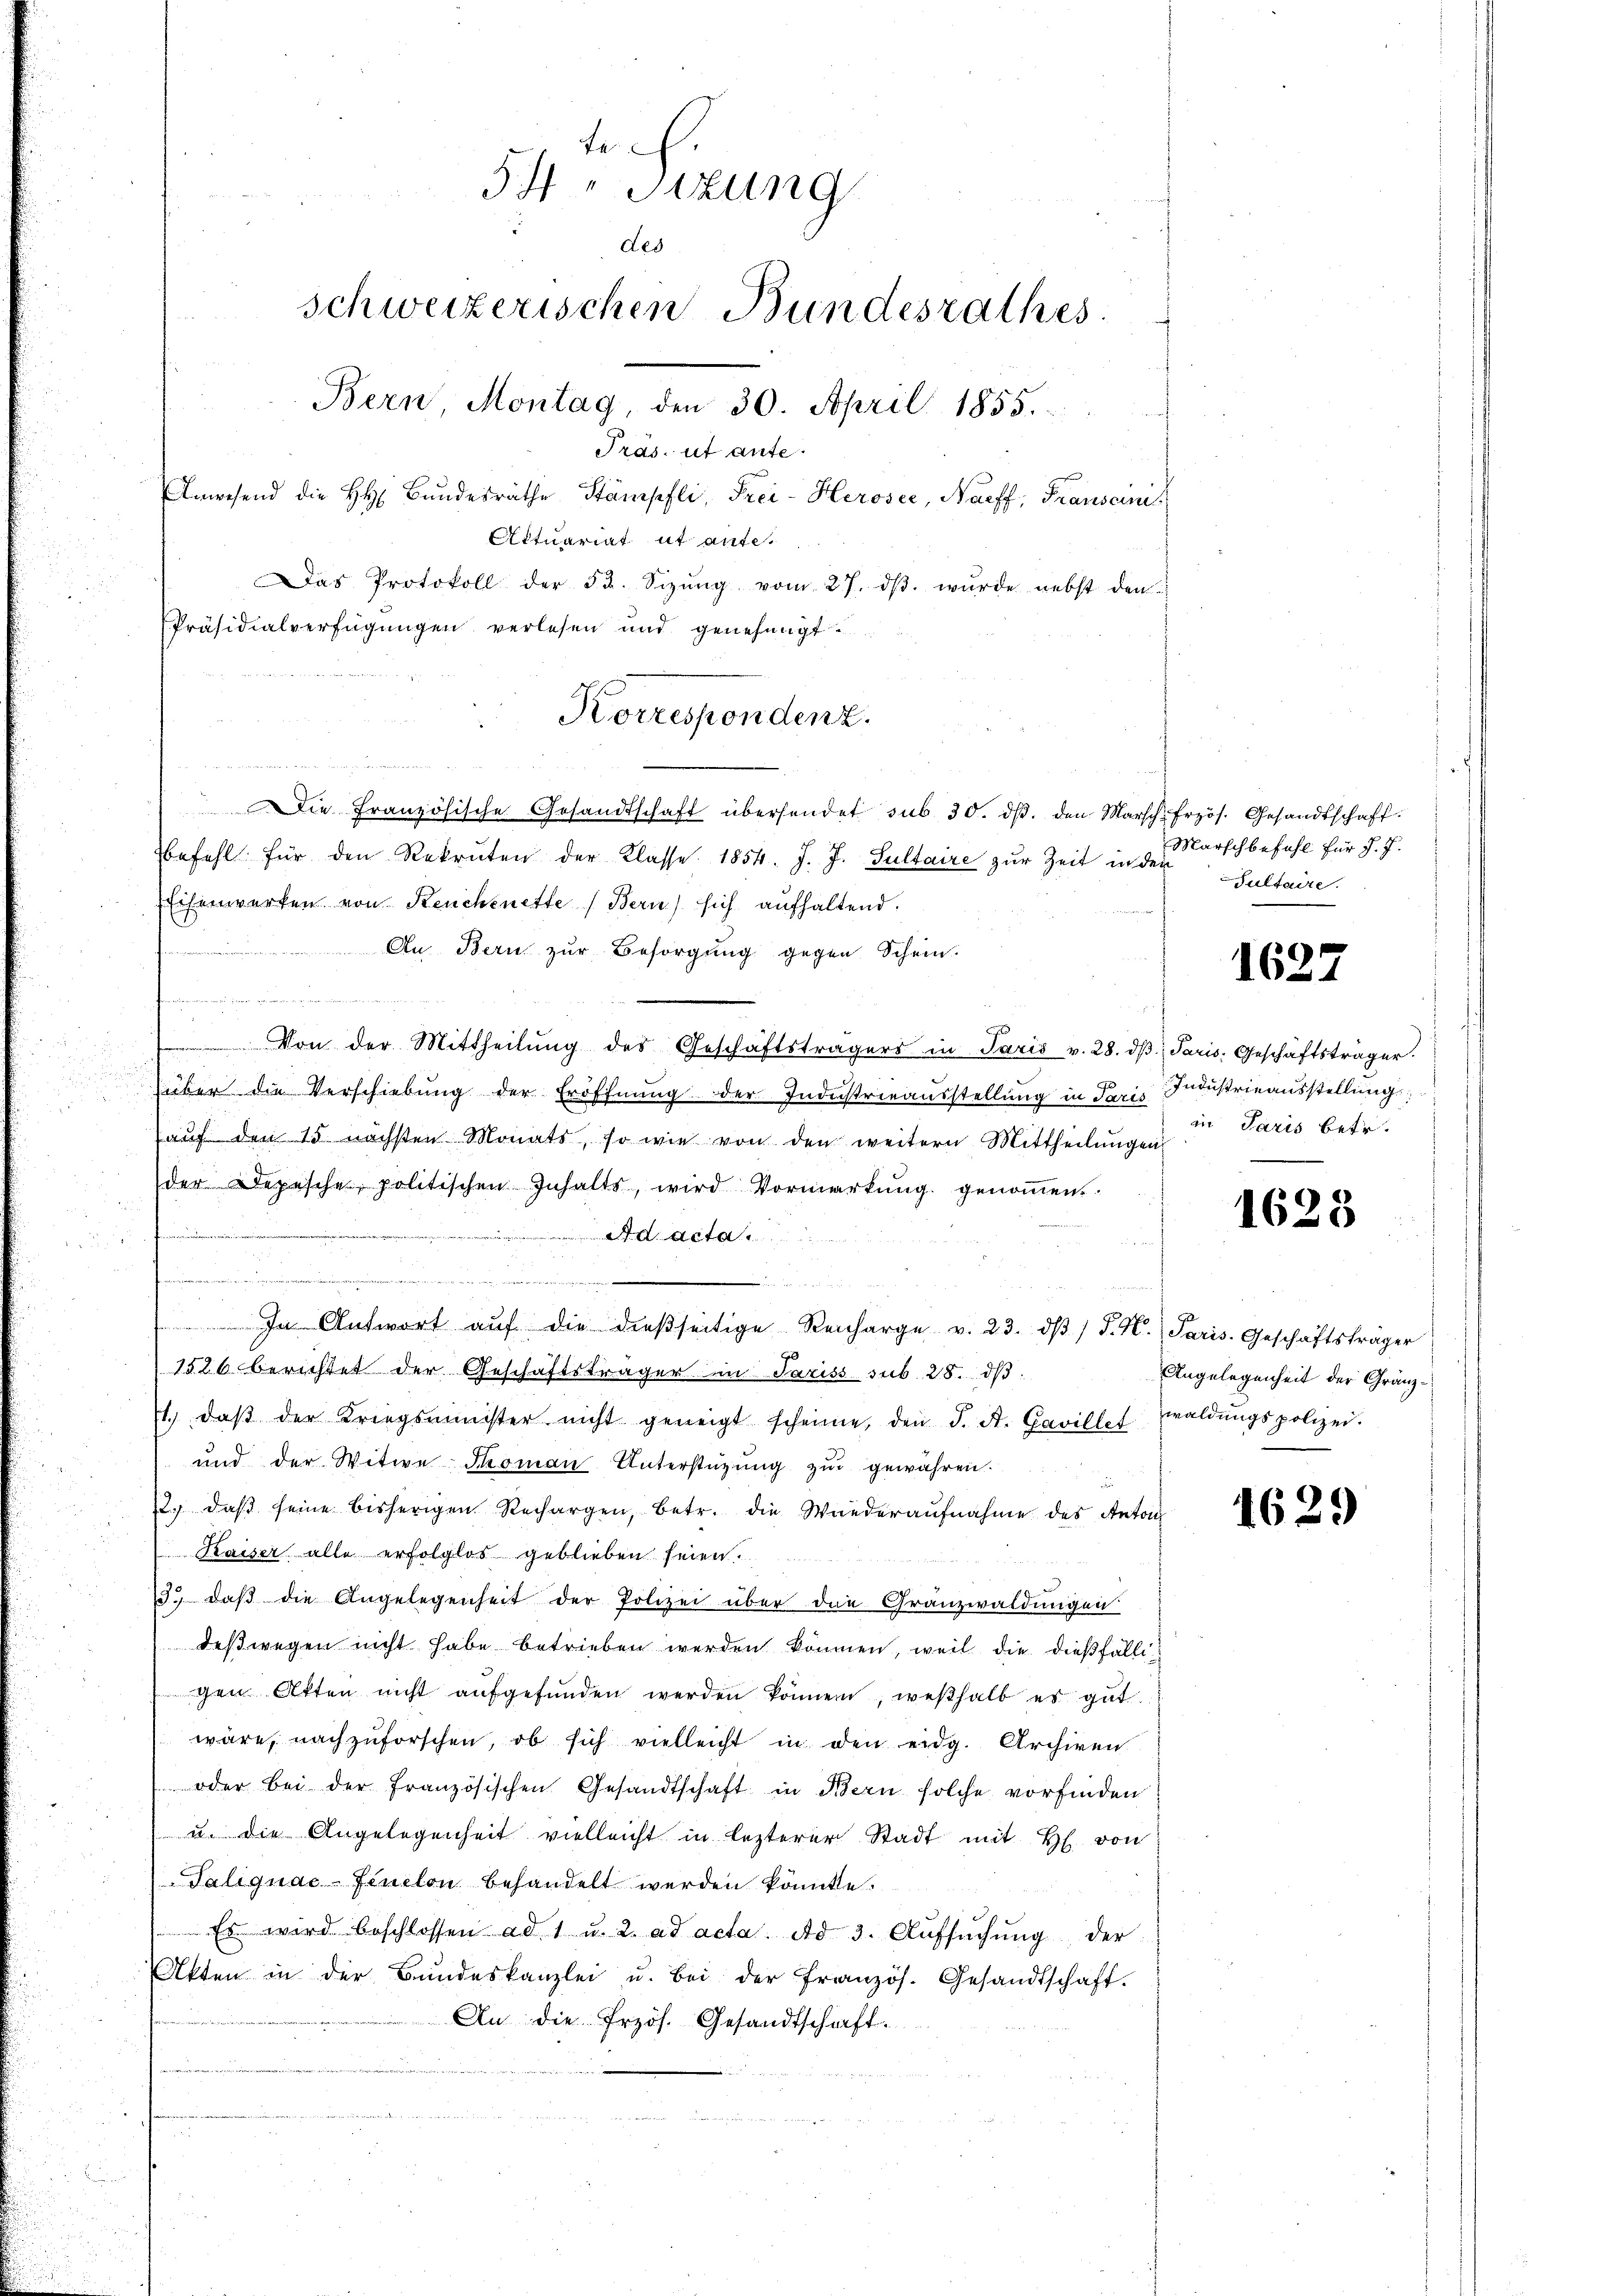
te
54. Sizung
des
schweizerischen Bundesrathes
Bern, Montag, den 30. April 1855.
Pras. ut ante.
Anwesend die HH Bŭndesräthe Stämpfli, Frei-Herosee, Narff, Franscini
Attuariat ut aufe.
Das Protokoll der 53. Sizŭng vom 27. dβ. wŭrde nebst den
Präsidialverfügungen verlesen und genehmigt.

Korrespondenz.

a
Die Französische Gesandtschaft übersendet sub 30. dβ. den Marsch. Frzös. Gesandtschaft.
befehl für den Rekruten der Klasse 1854. J. J. Sultaire zŭr Zeit in den
Eisenwerfen von Reuchenette Bern) sich aufhaltend.
An Bern zŭr Besorgŭng gegen Schein.
ie Dauern

Von der Mittheilŭng des Geschäftsträgers in Paris v. 28. dβ, Paris, Geschäftsträger.
.
(über die Verschiebung der Eröffnung der Industrieausstellung in Paris Industrieausstellung
aŭf den 15. nächsten Monats, so wie von den weitern Mittheilŭngen
der Depesche politischen Inhalts, wird Vormerkŭng genoṁen.

Ad acta
.

 In Antwort aŭf die dießseitige Reicharge v. 23. dβ / J. H. Paris. Geschäftsträger
1526 berichtet der Geschäftsträger in Pariss sub 28. dß.
1. daβ der Kriegsminister nicht geneigt scheine, den J. A. Gavillet waldŭngspolizei.
und der Witwe Thoman Unterstüzung zur gewähren.
2. daβ seine bisherigen Rechargen, betr. die Wiederaŭfnahme des Anton
Kaiser alle erfolglos geblieben seien.
13. daβ die Angelegenheit der Polizei über die Granzwaldungen
deßwegen nicht habe betrieben werden können, weil die dießfälligen Akten nicht aŭfgefŭnden werden können, weßhalb es gut
wäre, nachzuforschen, ob sich vielleicht in den eidg. Archiven
 oder bei der französischen Gesandtschaft in Bern solche vorfinden
 u. die Angelegenheit vielleicht in lezterer Stadt mit H. von
Talignac-Finclon behandelt werden könnte.
Es wird beschlossen ad 1 u. 2. ad acta. Ad 3. Aŭfsŭchŭng der
Akten in der Bŭndeskanzlei u. bei der französ. Gesandtschaft.
An die frzös. Gesandtschaft.

Marschbefehl für J. J.
Sultaire.

1627

in Paris betr.

1623

Angelegenheit der Gränz¬

1629